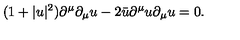
( 1 + | u | ^ { 2 } ) \partial ^ { \mu } \partial _ { \mu } u - 2 \bar { u } \partial ^ { \mu } u \partial _ { \mu } u = 0 .